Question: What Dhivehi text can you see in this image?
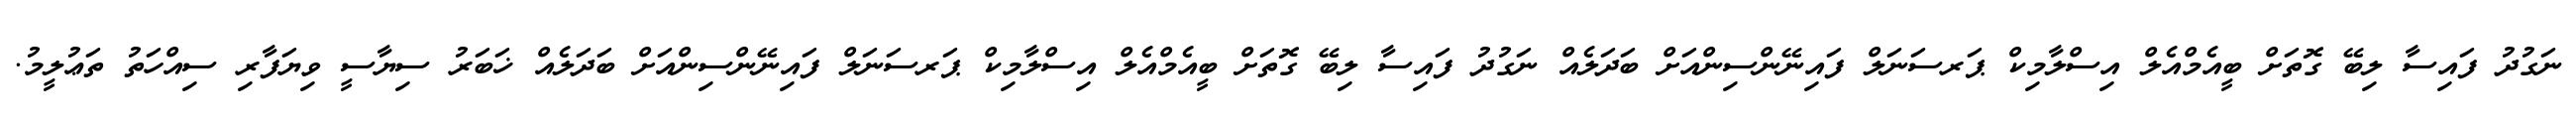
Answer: ނަގުދު ފައިސާ ލިބޭ ގޮތަށް ބީއެމްއެލް އިސްލާމިކް ޕަރސަނަލް ފައިނޭންސިންއަށް ބަދަލެއް ނަގުދު ފައިސާ ލިބޭ ގޮތަށް ބީއެމްއެލް އިސްލާމިކް ޕަރސަނަލް ފައިނޭންސިންއަށް ބަދަލެއް ޚަބަރު ސިޔާސީ ވިޔަފާރި ސިއްހަތު ތަޢުލީމު.